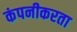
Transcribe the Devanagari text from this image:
कंपनीकरता